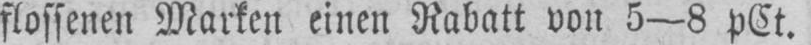
flossenen Marken einen Rabatt von 5-8 pCt.